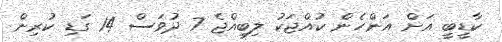
ކާޑީބީ އަށް އަންހެން ކުއްޖަކު ލިބިއްޖެ 7 ދުވަސް 14 ގަޑި ކުރިން